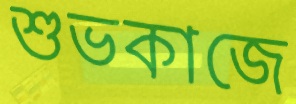
শুভকাজে